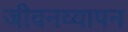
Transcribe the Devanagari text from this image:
जीवनव्यापन